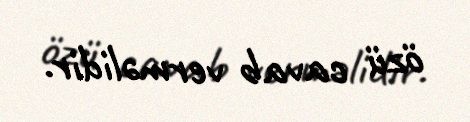
özü cavab verməlidir.